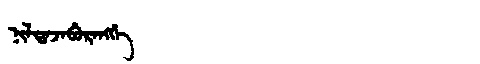
Manchu: ᠨᡳᠯᡨᠠᠵᠠᠪᡠᡵᠠᠩᡤᡝ
Romanization: NILTAJABURANGGE